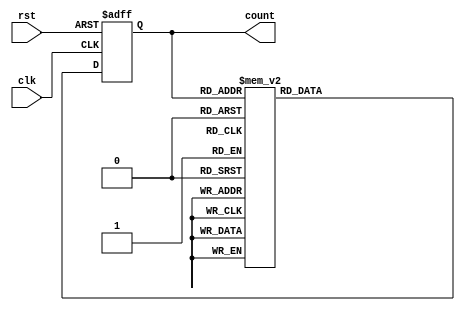
module gray_counter (
    input wire clk,
    input wire rst,
    output reg [3:0] count
);

reg [3:0] next_count;

always @ (posedge clk or posedge rst) begin
    if (rst) begin
        count <= 4'b0000;
    end else begin
        count <= next_count;
    end
end

always @* begin
    case(count)
        4'b0000: next_count = 4'b0001;
        4'b0001: next_count = 4'b0011;
        4'b0011: next_count = 4'b0010;
        4'b0010: next_count = 4'b0110;
        4'b0110: next_count = 4'b0111;
        4'b0111: next_count = 4'b0101;
        4'b0101: next_count = 4'b0100;
        4'b0100: next_count = 4'b1100;
        4'b1100: next_count = 4'b1101;
        4'b1101: next_count = 4'b1111;
        4'b1111: next_count = 4'b1110;
        4'b1110: next_count = 4'b1010;
        4'b1010: next_count = 4'b1011;
        4'b1011: next_count = 4'b1001;
        4'b1001: next_count = 4'b1000;
        4'b1000: next_count = 4'b0000;
        default: next_count = 4'b0000;
    endcase
end

endmodule